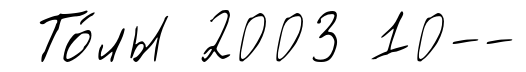
То́лы 2003 10--